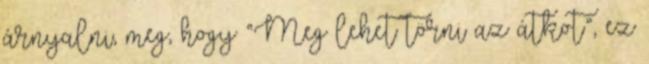
árnyalni, meg, hogy “Meg lehet törni az átkot”, ez